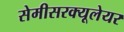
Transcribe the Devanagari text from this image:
सेमीसरक्यूलेयर